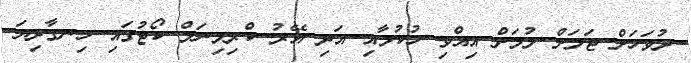
ދުވަހަށް ޖަލަށް ލުމަށް އިއްވި ހުކުމާއި އަދި އޭރު ކްރިމިނަލް ކޯޓުގައި ހިނގާދިޔަ